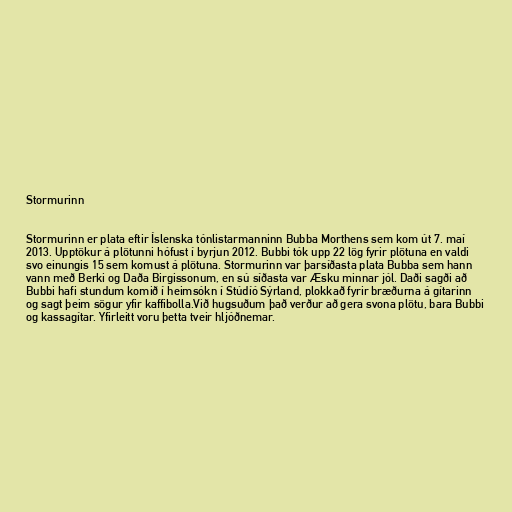
Stormurinn

Stormurinn er plata eftir Íslenska tónlistarmanninn Bubba Morthens sem kom út 7. maí
2013. Upptökur á plötunni hófust í byrjun 2012. Bubbi tók upp 22 lög fyrir plötuna en valdi
svo einungis 15 sem komust á plötuna. Stormurinn var þarsíðasta plata Bubba sem hann
vann með Berki og Daða Birgissonum, en sú síðasta var Æsku minnar jól. Daði sagði að
Bubbi hafi stundum komið í heimsókn í Stúdíó Sýrland, plokkað fyrir bræðurna á gítarinn
og sagt þeim sögur yfir kaffibolla.Við hugsuðum það verður að gera svona plötu, bara Bubbi
og kassagítar. Yfirleitt voru þetta tveir hljóðnemar.